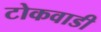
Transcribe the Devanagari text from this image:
टोकवाडी